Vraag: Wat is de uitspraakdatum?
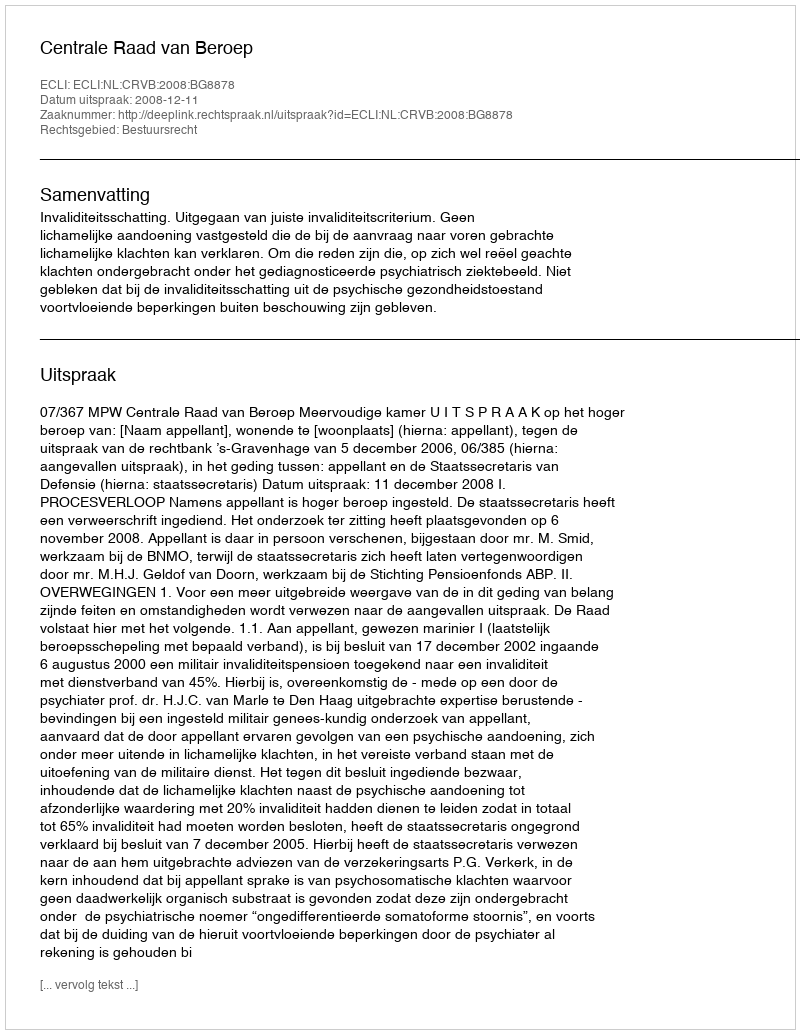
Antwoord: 2008-12-11